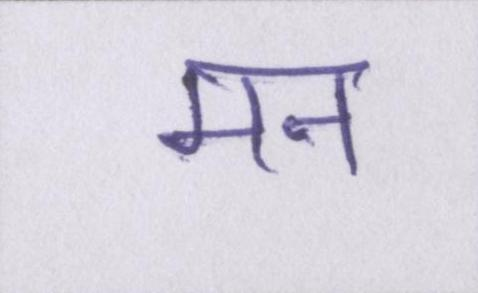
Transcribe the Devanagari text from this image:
मन